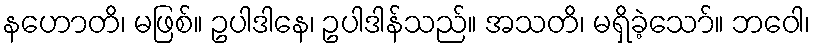
နဟောတိ၊ မဖြစ်။ ဥပါဒါနေ၊ ဥပါဒါန်သည်။ အသတိ၊ မရှိခဲ့သော်။ ဘဝေါ၊